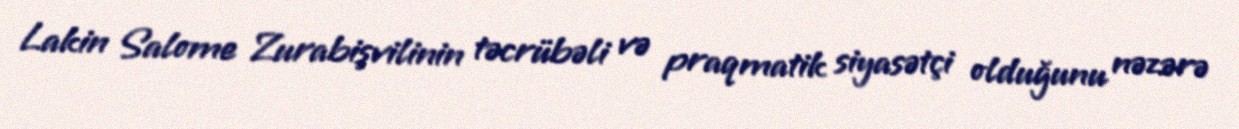
Lakin Salome Zurabişvilinin təcrübəli və praqmatik siyasətçi olduğunu nəzərə